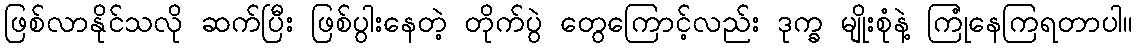
ဖြစ်လာနိုင်သလို ဆက်ပြီး ဖြစ်ပွါးနေတဲ့ တိုက်ပွဲ တွေကြောင့်လည်း ဒုက္ခ မျိုးစုံနဲ့ ကြုံနေကြရတာပါ။